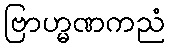
ဗြာဟ္မဏကညံ